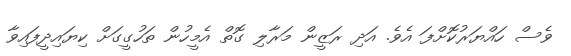
ވެސް ހައްޔަރުކޮށްފަ އެވެ. އަދި ރަޒީން މަރާލި ގޮތް އެމީހުން ތަހުގީގަށް ކިޔައިދީފައިވާ